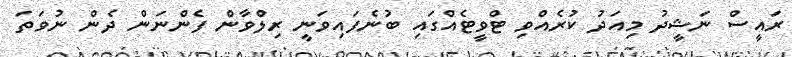
ރައީސް ނަޝީދު މިއަދު ކުރެއްވި ޓްވީޓެއްގައި ބުނެފައިވަނީ ރިލްވާން ފެންނަން ދެން ނުވަތަ